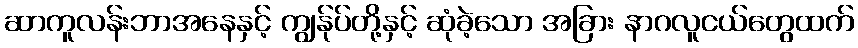
ဆာကူလန်းဘာအနေနှင့် ကျွန်ုပ်တို့နှင့် ဆုံခဲ့သော အခြား နာဂလူငယ်တွေထက်